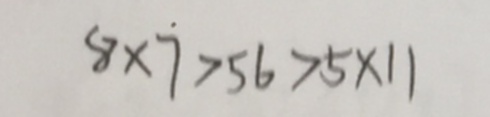
8 \times 7 > 5 6 > 5 \times 1 1